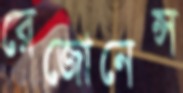
রেজোনেন্স